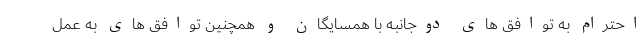
احترام به توافق های دوجانبه با همسایگان و همچنین توافق های به عمل